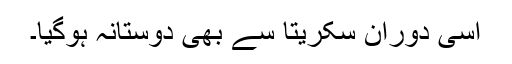
اسی دوران سکریتا سے بھی دوستانہ ہوگیا۔